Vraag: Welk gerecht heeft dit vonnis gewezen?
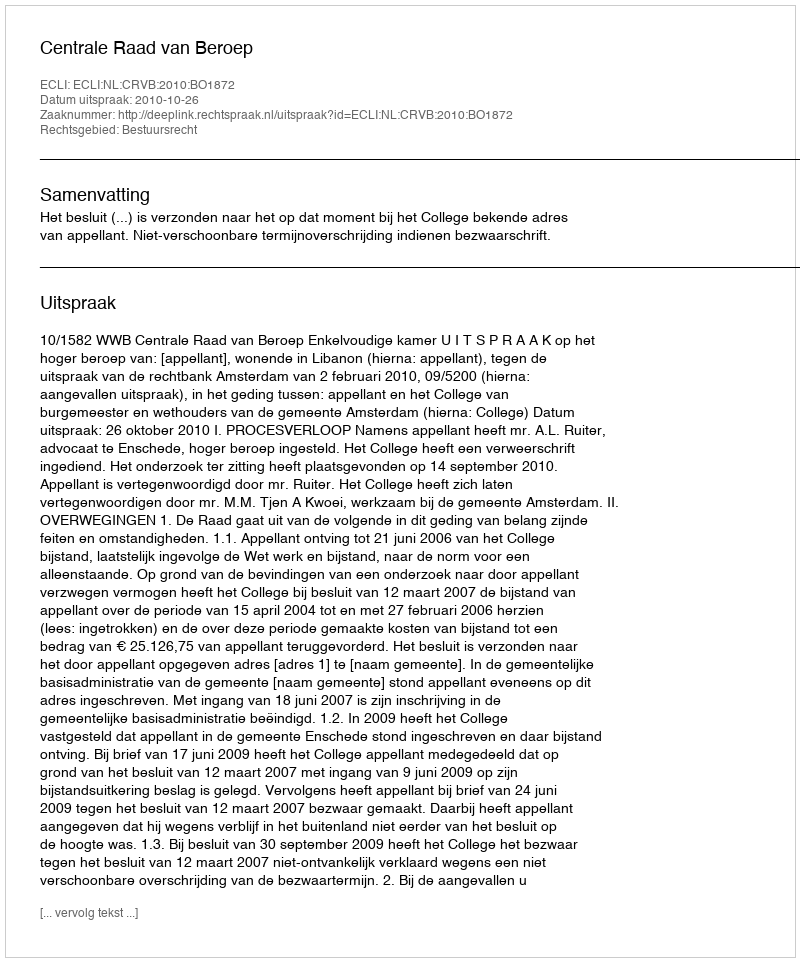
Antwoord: Centrale Raad van Beroep